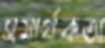
সমার্থকতা